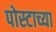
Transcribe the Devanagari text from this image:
पोस्टाच्या